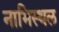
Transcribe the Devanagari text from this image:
नाभिस्थल